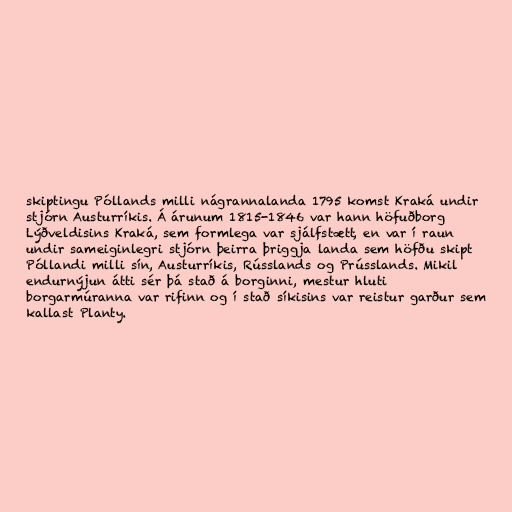
skiptingu Póllands milli nágrannalanda 1795 komst Kraká undir
stjórn Austurríkis. Á árunum 1815-1846 var hann höfuðborg
Lýðveldisins Kraká, sem formlega var sjálfstætt, en var í raun
undir sameiginlegri stjórn þeirra þriggja landa sem höfðu skipt
Póllandi milli sín, Austurríkis, Rússlands og Prússlands. Mikil
endurnýjun átti sér þá stað á borginni, mestur hluti
borgarmúranna var rifinn og í stað síkisins var reistur garður sem
kallast Planty.